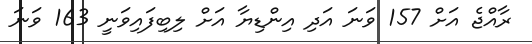
ރާއްޖެ އަށް 157 ވަނަ އަދި އިންޑިޔާ އަށް ލިބިފައިވަނީ 163 ވަނަ